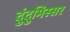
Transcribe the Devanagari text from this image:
दुंदुभिस्सर